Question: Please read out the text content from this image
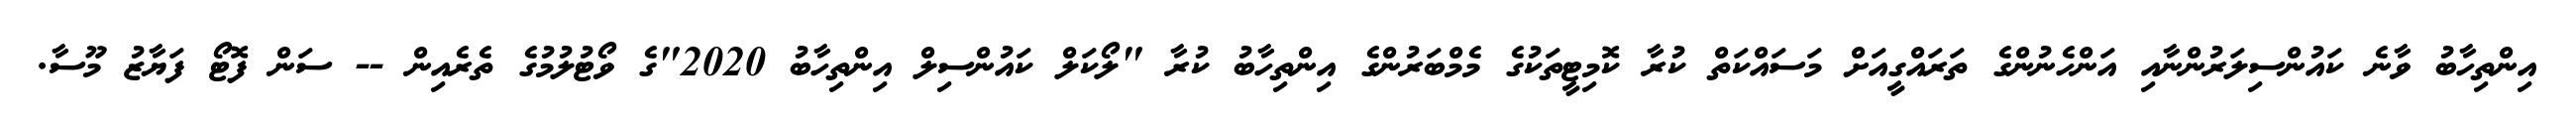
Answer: އިންތިހާބު ވާނެ ކައުންސިލަރުންނާއި އަންހެނުންގެ ތަރައްގީއަށް މަސައްކަތް ކުރާ ކޮމިޓީތަކުގެ މެމްބަރުންގެ އިންތިހާބު ކުރާ "ލޯކަލް ކައުންސިލް އިންތިހާބު 2020"ގެ ވޯޓުލުމުގެ ތެރެއިން -- ސަން ފޮޓޯ ފަޔާޒު މޫސާ.